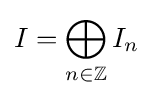
I=\bigoplus _{n\in \mathbb {Z} }I_{n}